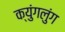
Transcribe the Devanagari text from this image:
क्युंगलुंग